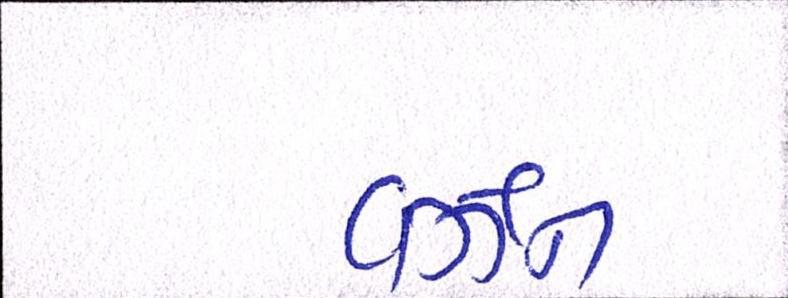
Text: વર્ઝન